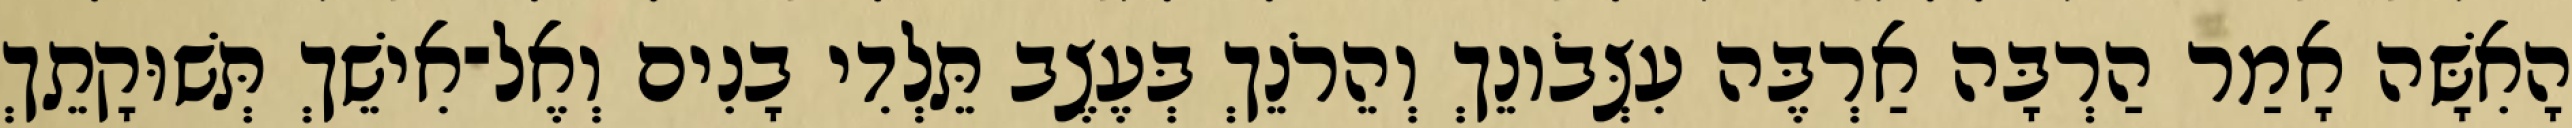
הָאִשָּׁה אָמַר הַרְבָּה אַרְבֶּה עִצְּבֹונֵךְ וְהֵרֹנֵךְ בְּעֶצֶב תֵּלְדִי בָנִים וְאֶל־אִישֵׁךְ תְּשׁוּקָתֵךְ